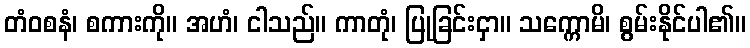
တံဝစနံ၊ စကားကို။ အဟံ၊ ငါသည်။ ကာတုံ၊ ပြုခြင်းငှာ။ သက္ကောမိ၊ စွမ်းနိုင်ပါ၏။